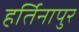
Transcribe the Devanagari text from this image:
हर्तिनापुर